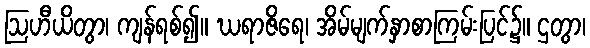
ဩဟီယိတွာ၊ ကျန်ရစ်၍။ ဃရာဇိရေ၊ အိမ်မျက်နှာစာကြမ်းပြင်၌။ ဌတွာ၊